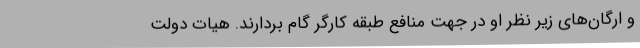
و ارگان‌های زیر نظر او در جهت منافع طبقه کارگر گام بردارند. هیات دولت